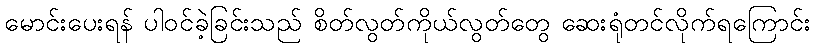
မောင်းပေးရန် ပါဝင်ခဲ့ခြင်းသည် စိတ်လွတ်ကိုယ်လွတ်တွေ ဆေးရုံတင်လိုက်ရကြောင်း